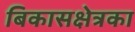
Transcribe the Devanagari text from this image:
बिकासक्षेत्रका